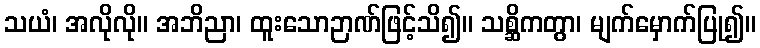
သယံ၊ အလိုလို။ အဘိညာ၊ ထူးသောဉာဏ်ဖြင့်သိ၍။ သစ္ဆိကတွာ၊ မျက်မှောက်ပြု၍။